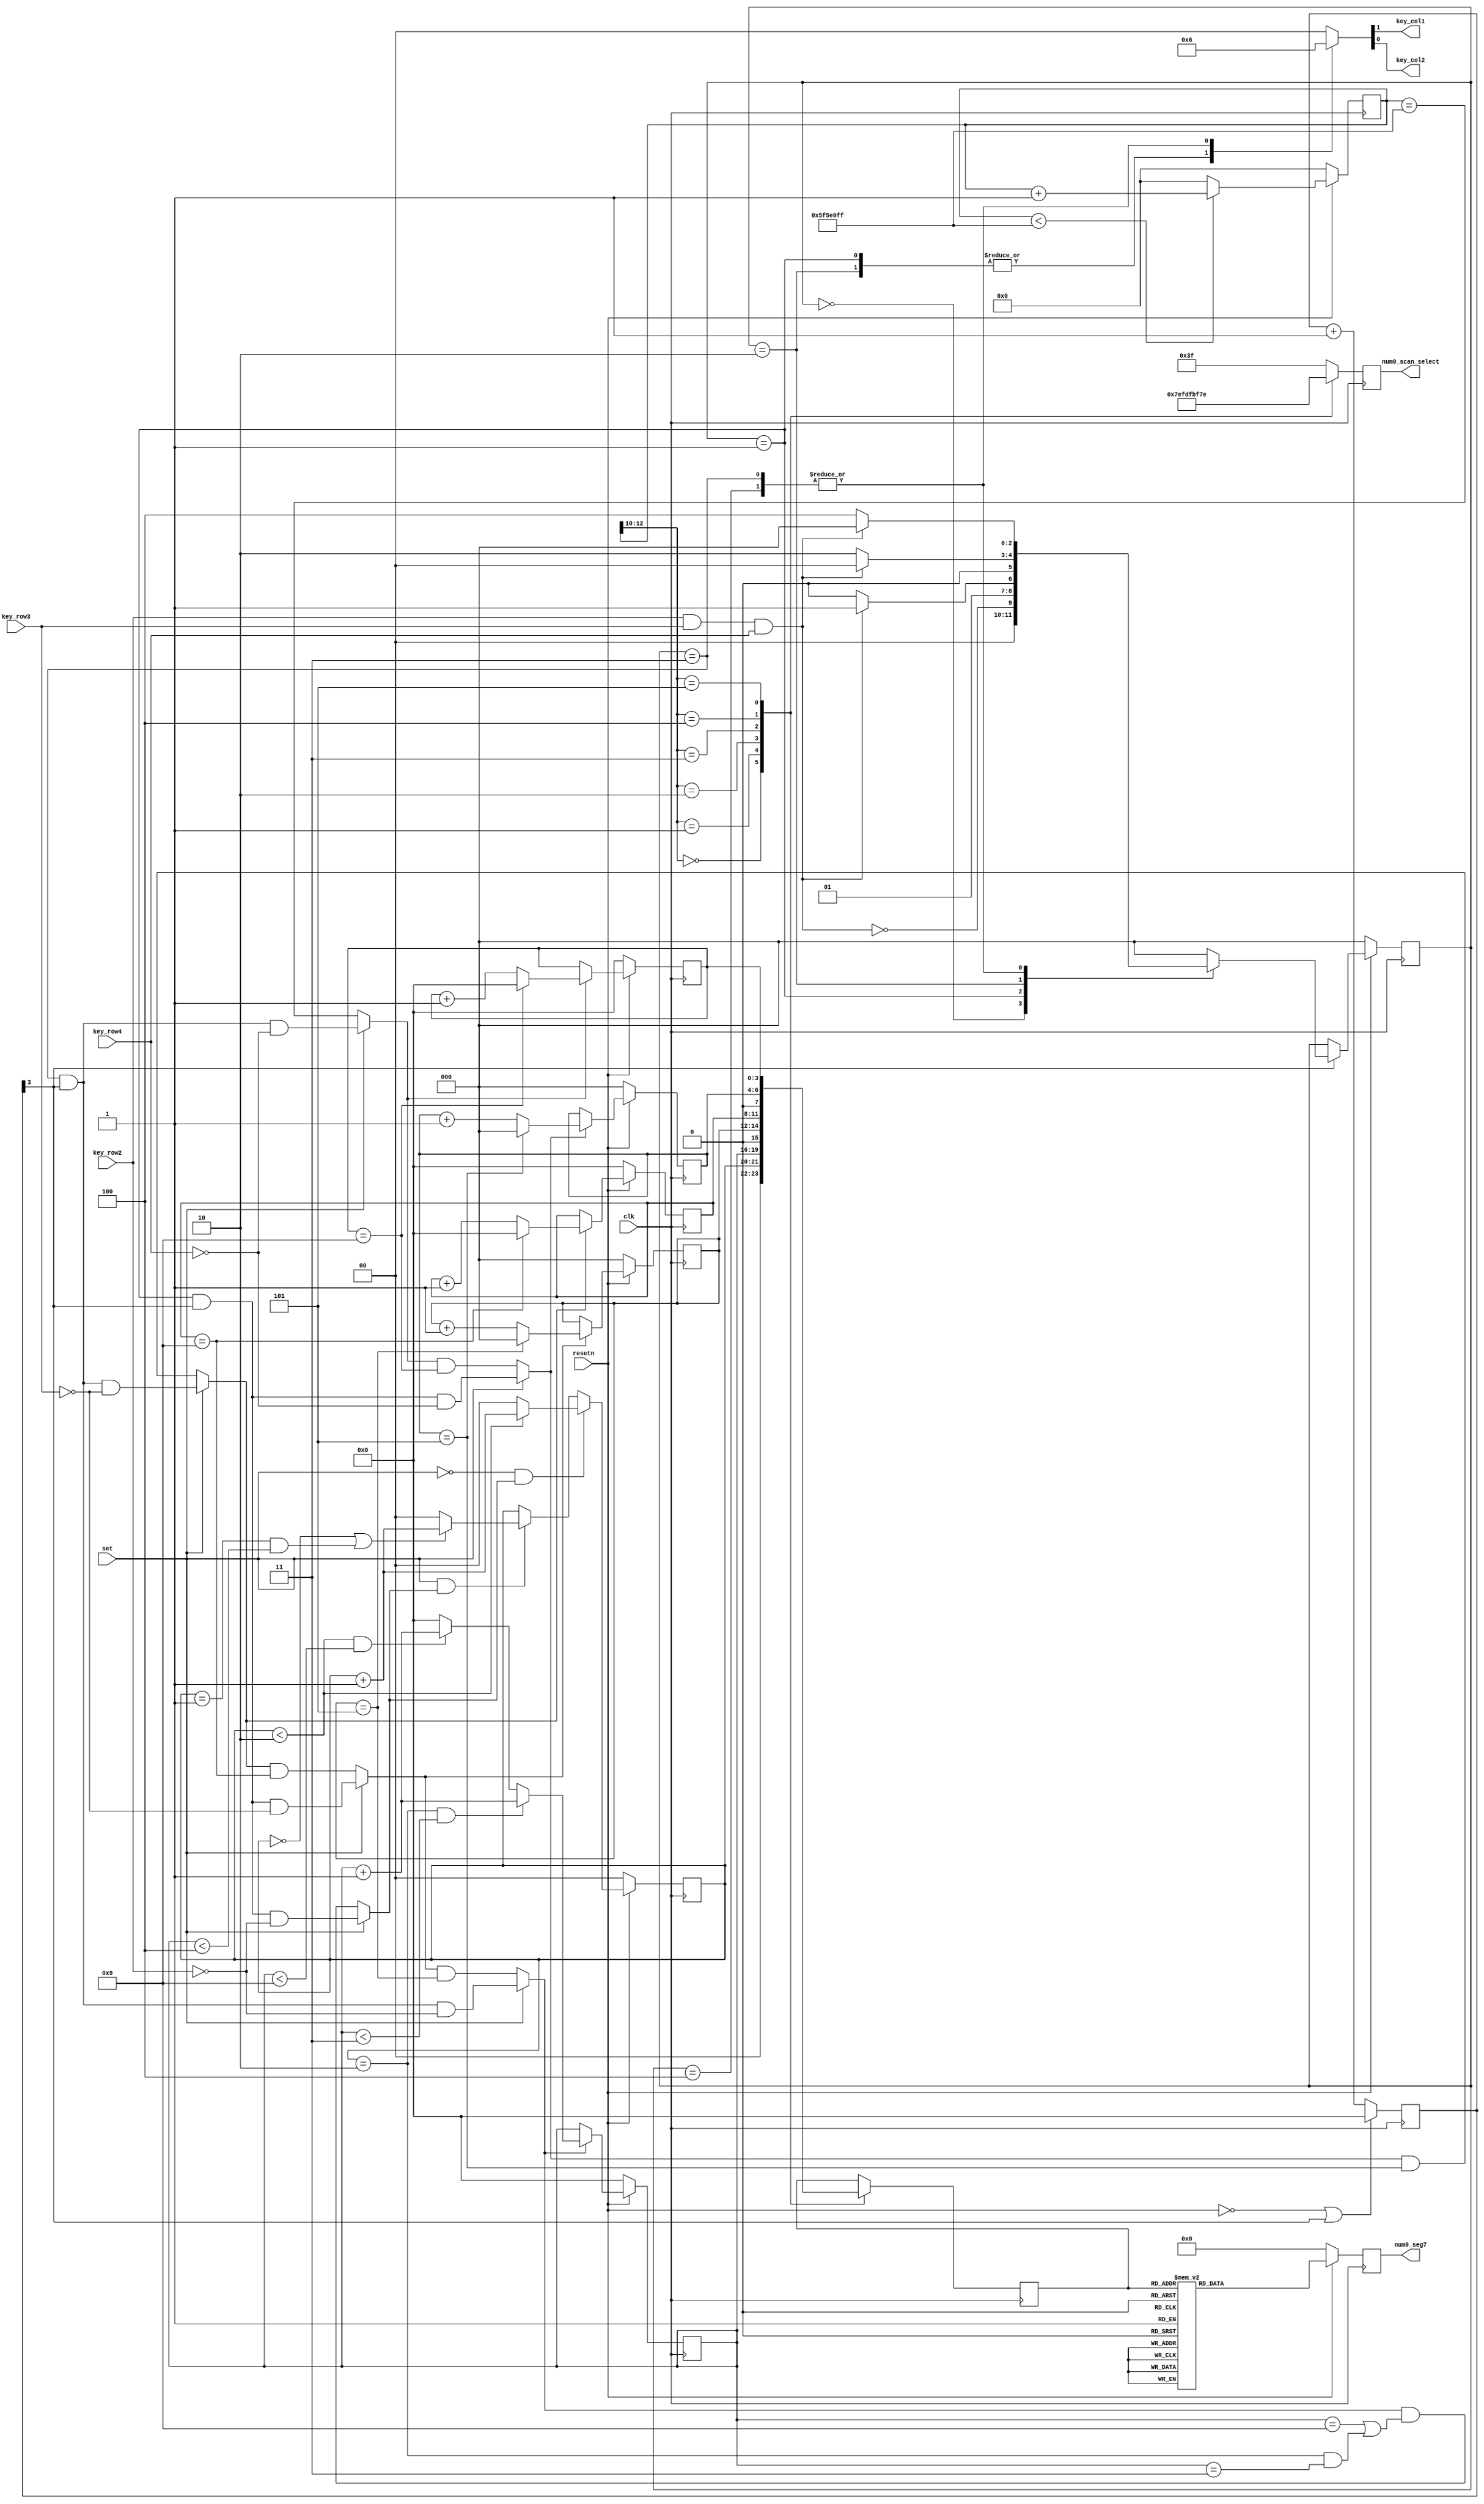
`timescale 1ns / 1ps
//////////////////////////////////////////////////////////////////////////////////
// Company: 
// Engineer: 
// 
// Design Name: 
// Module Name:    watch 
// Project Name: 
// Target Devices: 
// Tool versions: 
// Description: 
//
// Dependencies: 
//
// Revision: 
// Revision 0.01 - File Created
// Additional Comments: 
//
//////////////////////////////////////////////////////////////////////////////////
module watch(clk, resetn, set, key_col1, key_col2, key_row2, key_row3, key_row4, num0_scan_select, num0_seg7);
   
   //
   input clk;
   input resetn;              // 
   input set;                // 
                             // 
   input key_row2;           //       | col_1  | col_2
   input key_row3;           // row_2 | hour_h | hour_l
   input key_row4;           // row_3 | min_h  | min_l
                             // row_4 | sec_h  | sec_l  
   
   //
   output key_col1;
   output key_col2;
   output [5:0] num0_scan_select; //FPGA_NUM0 7hour_h,hour_l,min_h,min_l
   output [6:0] num0_seg7;        //FPGA_NUM0 7a~g
   
   //hourminsec
   reg [1:0] hour_h;         //0~2,
   reg [3:0] hour_l;         //0~9,
   reg [2:0] min_h;          //0~5
   reg [3:0] min_l;          //0~9
   reg [2:0] sec_h;          //0~5
   reg [3:0] sec_l;          //0~9
   
   //---------------------------------------------1s----------------------------------------------//
   parameter COUNTER_SUM = 27'd99_999_999;   //100MHzCOUNTER_SUM1s
   // parameter COUNTER_SUM = 27'd0;
   reg [26:0] count;                             //COUNTER_SUM
   always @(posedge clk)
   begin
      if ( !resetn )                              //
         begin
            count <= 27'd0;
         end
      else if ( count < COUNTER_SUM )
         begin
            count <= count + 27'd1;              // COUNTER_SUM1
         end
      else
         begin
            count <= 27'd0;                      // COUNTER_SUM
         end 
   end
   
   wire one_second;
   assign one_second = (count == COUNTER_SUM);   // countCOUNTER_SUMsec
   
   //-----------------------------------------scan FPGA key------------------------------------------//
   //FPGA4X44col1col2col3col44row1row2row3row4
   //{col1,col2}X{row2,row3,row4}6
   //FPGAcol1 X row2col10row20
   //4col1~col44'b11014row1~row44'b1011col3 X row2
   //
   //state0{col1,col2}2'b00{row2,row3,row4}3'b111,state1
   //state1{col1,col2}2'b01
   //        {row2,row3,row4}3'b111,state3state2
   //state2{col1,col2}2'b01{row2,row3,row4}3'b111
   //        ,state0
   //        {row2,row3,row4}3'b111state2
   //state3{col1,col2}2'b10state1
   //state4 state3state2
   //
   reg [2:0] state;
   reg [2:0] next_state;

   reg [ 3:0] state_count;
   always @(posedge clk)
   begin
       if(!resetn || state_count[3])
       begin
           state_count <= 4'd0;
       end
       else
       begin
           state_count <= state_count + 1'b1;
       end
   end
	
   always @(posedge clk)
   begin
      if (!resetn)
      begin
         state <= 3'd0;
      end
      else if (state_count[3])
      begin
         state <= next_state;
      end
   end
	
   always @(*)
   begin
      case(state)
         3'd0 : next_state <= {2'd0,!(key_row2 & key_row3 & key_row4)};
         3'd1 : 
            if ( key_row2 & key_row3 & key_row4 )
            begin
               next_state <= 3'd3;
            end
            else
            begin
               next_state <= 3'd2;
            end
         3'd2 : 
            if ( key_row2 & key_row3 & key_row4 )
            begin
               next_state <= 3'd0;
            end
            else
            begin
               next_state <= 3'd2;
            end
         3'd3 : 
            if ( key_row2 & key_row3 & key_row4 )
            begin
               next_state <= 3'd0;
            end
            else
            begin
               next_state <= 3'd4;
            end
         3'd4 : 
            if ( key_row2 & key_row3 & key_row4 )
            begin
               next_state <= 3'd0;
            end
            else
            begin
               next_state <= 3'd4;
            end
         default:next_state <= 3'd0;
      endcase
   end
	
   reg key_col1;
   reg key_col2;
   always @(*)
   begin
      case(state)
         3'd0 : {key_col1,key_col2} <= 2'b00;
         3'd1 : {key_col1,key_col2} <= 2'b01;
         3'd2 : {key_col1,key_col2} <= 2'b01;
         3'd3 : {key_col1,key_col2} <= 2'b10;
         3'd4 : {key_col1,key_col2} <= 2'b10;
         default:{key_col1,key_col2} <= 2'b00;
      endcase
   end

   //---------------------------------------------sec_l-------------------------------------------------//
   //sec_lset1row4 & col2countone_second
   wire sec_l_addEn;
   assign sec_l_addEn = set ? ( (state==3'd3)&state_count[3]&!key_row4 ) : one_second;
   //TODO 1:reg [3:0] sec_l
   always @(posedge clk) begin
      if (!resetn) begin
         sec_l <= 4'd0;
      end else if (sec_l_addEn) begin
         if (sec_l == 4'd9) begin
            sec_l <= 4'd0;
         end else begin
            sec_l <= sec_l + 4'd1;
         end
      end
   end
   wire sec_l_to_h;
   //TODO 2:assign sec_l_to_h;
   assign sec_l_to_h = sec_l_addEn & (sec_l == 4'd9);
   
   //---------------------------------------------sec_h-------------------------------------------------//
   //sec_hset1row4 & col1sec_l_to_h
   wire sec_h_addEn;
   assign sec_h_addEn = set ? ( (state==3'd1)&state_count[3]&!key_row4 ) : sec_l_to_h;
   //TODO 3: reg [2:0] sec_h
   always @(posedge clk) begin
      if (!resetn) begin
         sec_h <= 3'd0;
      end else if (sec_h_addEn) begin
         if (sec_h == 3'd5) begin
            sec_h <= 3'd0;
         end else begin
            sec_h <= sec_h + 3'd1;
         end
      end
   end
   wire sec_to_min;
   //TODO 4:assign sec_to_min;
   assign sec_to_min = sec_h_addEn & (sec_h == 3'd5);
   
   //---------------------------------------------min_l-------------------------------------------------//
   //min_lset1row3 & col2sec_to_min
   wire min_l_addEn;
   assign min_l_addEn = set ? ( (state==3'd3)&state_count[3]&!key_row3 ) : sec_to_min;
   //TODO 5: reg [3:0] min_l;
   always @ (posedge clk) begin
      if (!resetn) begin
         min_l <= 4'd0;
      end else if (min_l_addEn) begin
         if (min_l == 4'd9) begin
            min_l <= 4'd0;
         end else begin
            min_l <= min_l + 4'd1;
         end
      end
   end
   wire min_l_to_h;
   //TODO 6:assign min_l_to_h;
   assign min_l_to_h = min_l_addEn & (min_l == 4'd9);
   
   //---------------------------------------------min_h-------------------------------------------------//
   //min_hset1row3 & col1min_l_to_h
   wire min_h_addEn;
   assign min_h_addEn = set ? ( (state==3'd1)&state_count[3]&!key_row3 ) : min_l_to_h;
   //TODO 7: reg [2:0] min_h
   always @(posedge clk) begin
      if (!resetn) begin
         min_h <= 3'd0;
      end else if (min_h_addEn) begin
         if (min_h == 3'd5) begin
            min_h <= 3'd0;
         end else begin
            min_h <= min_h + 3'd1;
         end
      end
   end
   wire min_to_hour;
   //TODO 8:assign min_to_hour;
   assign min_to_hour = min_h_addEn & (min_h == 3'd5);
   
   //---------------------------------------------hour_l-------------------------------------------------//
   //hour_lset1row2 & col2min_to_hour
   wire hour_l_addEn;
   assign hour_l_addEn = set ? ( (state==3'd3)&state_count[3]&!key_row2 ) : min_to_hour;
   //TODO 9:reg [3:0] hour_l;
   always @(posedge clk) begin
      if (!resetn) begin
         hour_l <= 4'd0;
      end else if (hour_l_addEn) begin
         // if (hour_l == 4'd9) begin
         //    hour_l <= 4'd0;
         // end else if (hour_h == 2'd2 && hour_l == 4'd3) begin
         //    hour_l <= 4'd0;
         // end else begin
         //    hour_l <= hour_l + 4'd1;
         // end
         if (hour_h == 2'd2 && hour_l < 4'd3) begin
            hour_l <= hour_l + 1;
         end else if (hour_h < 2'd2 && hour_l < 4'd9) begin
            hour_l <= hour_l + 1;
         end else begin
            hour_l <= 4'd0;
         end
      end
   end
   wire hour_l_to_h;
   //TODO 10:assign hour_l_to_h;
   assign hour_l_to_h = hour_l_addEn & ( (hour_l == 4'd9) || (hour_h == 2'd2 && hour_l == 4'd3) );
   
   //---------------------------------------------hour_h-------------------------------------------------//
   //hour_hset1row2 & col1min_l_to_h
   wire hour_h_addEn;
   assign hour_h_addEn = set ? ( (state==3'd1)&state_count[3]&!key_row2 ) : hour_l_to_h;
   //TODO 11:reg [1:0] hour_h;
   always @(posedge clk) begin
      if (!resetn) begin
         hour_h <= 2'd0;
      end else if (!set && hour_h_addEn) begin
         if (hour_h < 2'd2) begin
            hour_h <= hour_h + 1;
         end else begin
            hour_h <= 2'd0;
         end
      end else if (set && hour_h_addEn) begin
         if (hour_h == 2'd0 || (hour_h ==2'd1 && hour_l < 4'd4)) begin
            hour_h <= hour_h + 1;
         end else begin
            hour_h <= 2'd0;
         end
      end
   end

   //---------------------------------------------display-------------------------------------------------//
   //FPGA_NUM0 display
   //FPGA_NUM0
   reg [5:0] num0_scan_select;      //0111:hour_h; 1011:hour_l; 1101:min_h; 1110:min_l;
   always @( posedge clk )
   begin
      case(count[12:10])
         3'b000: num0_scan_select <= 6'b011111;   //hour_h
         3'b001: num0_scan_select <= 6'b101111;   //hour_l
         3'b010: num0_scan_select <= 6'b110111;   //min_h
         3'b011: num0_scan_select <= 6'b111011;   //min_l
         3'b100: num0_scan_select <= 6'b111101;   //min_l
         3'b101: num0_scan_select <= 6'b111110;   //min_l
         default:num0_scan_select <= 6'b111111;
      endcase
   end
   //FPGA_NUM07
   reg [3:0] num0_scan_data;
   always @ ( posedge clk )  
   begin
      case(count[12:10])
         3'b000: num0_scan_data <= {2'b00,hour_h};  
         3'b001: num0_scan_data <= hour_l;
         3'b010: num0_scan_data <= {1'b0,min_h};
         3'b011: num0_scan_data <= min_l;
         3'b100: num0_scan_data <= {1'b0,sec_h};
         3'b101: num0_scan_data <= sec_l;
      endcase
   end
   //FPGA_NUM07
   reg [6:0] num0_seg7;   // FPGA_NUM0:a~g
   always @( posedge clk )
   begin
      if ( !resetn )
      begin
         num0_seg7 <= 7'b0000000;
      end
      else
      begin
         case ( num0_scan_data )
            4'd0 : num0_seg7 <= 7'b1111110;   //0
            4'd1 : num0_seg7 <= 7'b0110000;   //1
            4'd2 : num0_seg7 <= 7'b1101101;   //2
            4'd3 : num0_seg7 <= 7'b1111001;   //3
            4'd4 : num0_seg7 <= 7'b0110011;   //4
            4'd5 : num0_seg7 <= 7'b1011011;   //5
            4'd6 : num0_seg7 <= 7'b1011111;   //6
            4'd7 : num0_seg7 <= 7'b1110000;   //7
            4'd8 : num0_seg7 <= 7'b1111111;   //8
            4'd9 : num0_seg7 <= 7'b1111011;   //9
            default:num0_seg7<= 7'b0000000;
         endcase
      end
   end
endmodule